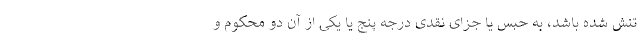
تنش شده باشد، به حبس یا جزای نقدی درجه پنج یا یکی از آن دو محکوم و